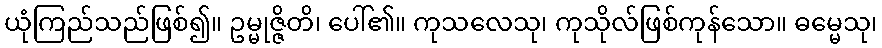
ယုံကြည်သည်ဖြစ်၍။ ဥမ္မုဇ္ဇိတိ၊ ပေါ်၏။ ကုသလေသု၊ ကုသိုလ်ဖြစ်ကုန်သော။ ဓမ္မေသု၊